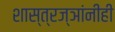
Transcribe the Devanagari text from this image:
शास्त्रज्ञांनीही